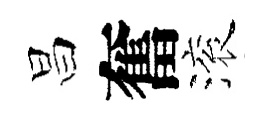
昌奮滚